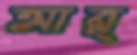
আর্